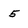
Character: 5